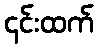
၎င်းထက်